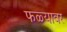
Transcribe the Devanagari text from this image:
फळ्यावर